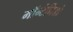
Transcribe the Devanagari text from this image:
मॉन्टेनिग्रो